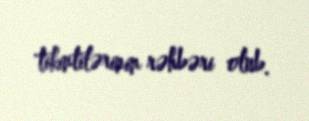
tikintilərinin rəhbəri olub.